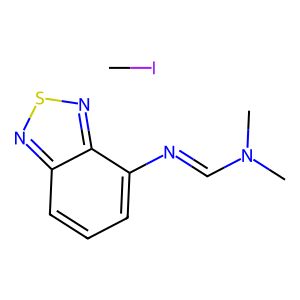
SMILES: CI.CN(C)C=Nc1cccc2nsnc12
Inhibits HIV replication: No